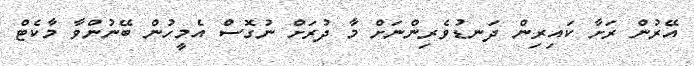
އޭރުން ރަށާ ކައިރިން ދަނޑުވެރިންނަށް މާ ދުރަށް ނުގޮސް އެމީހުން ބޭނުންވާ މާކެޓް